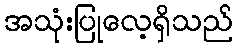
အသုံးပြုလေ့ရှိသည်